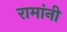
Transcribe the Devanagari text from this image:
रामांनी